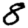
Digit: 8